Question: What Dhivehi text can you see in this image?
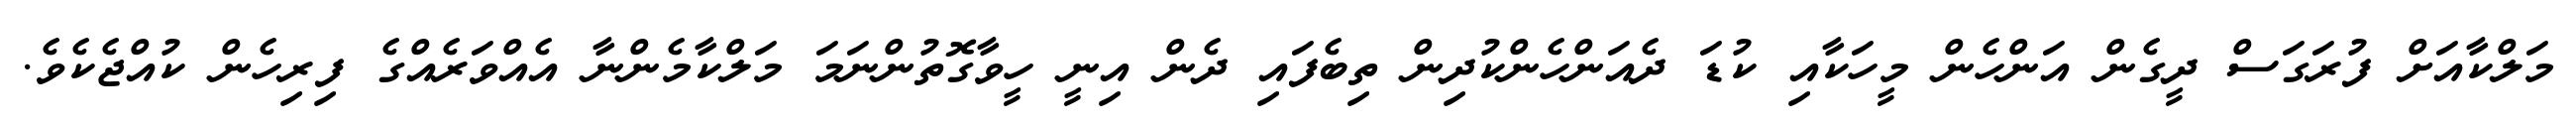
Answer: މަލްކާއަށް ފުރަގަސް ދީގެން އަންހެން މީހަކާއި ކުޑަ ދެއަންހެންކުދިން ތިބެފައި ދެން އިނީ ހީވާގޮތުންނަމަ މަލްކާމެންނާ އެއްވަރެއްގެ ފިރިހެން ކުއްޖެކެވެ.